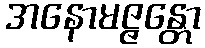
အနောမဇ္ဇန္တော